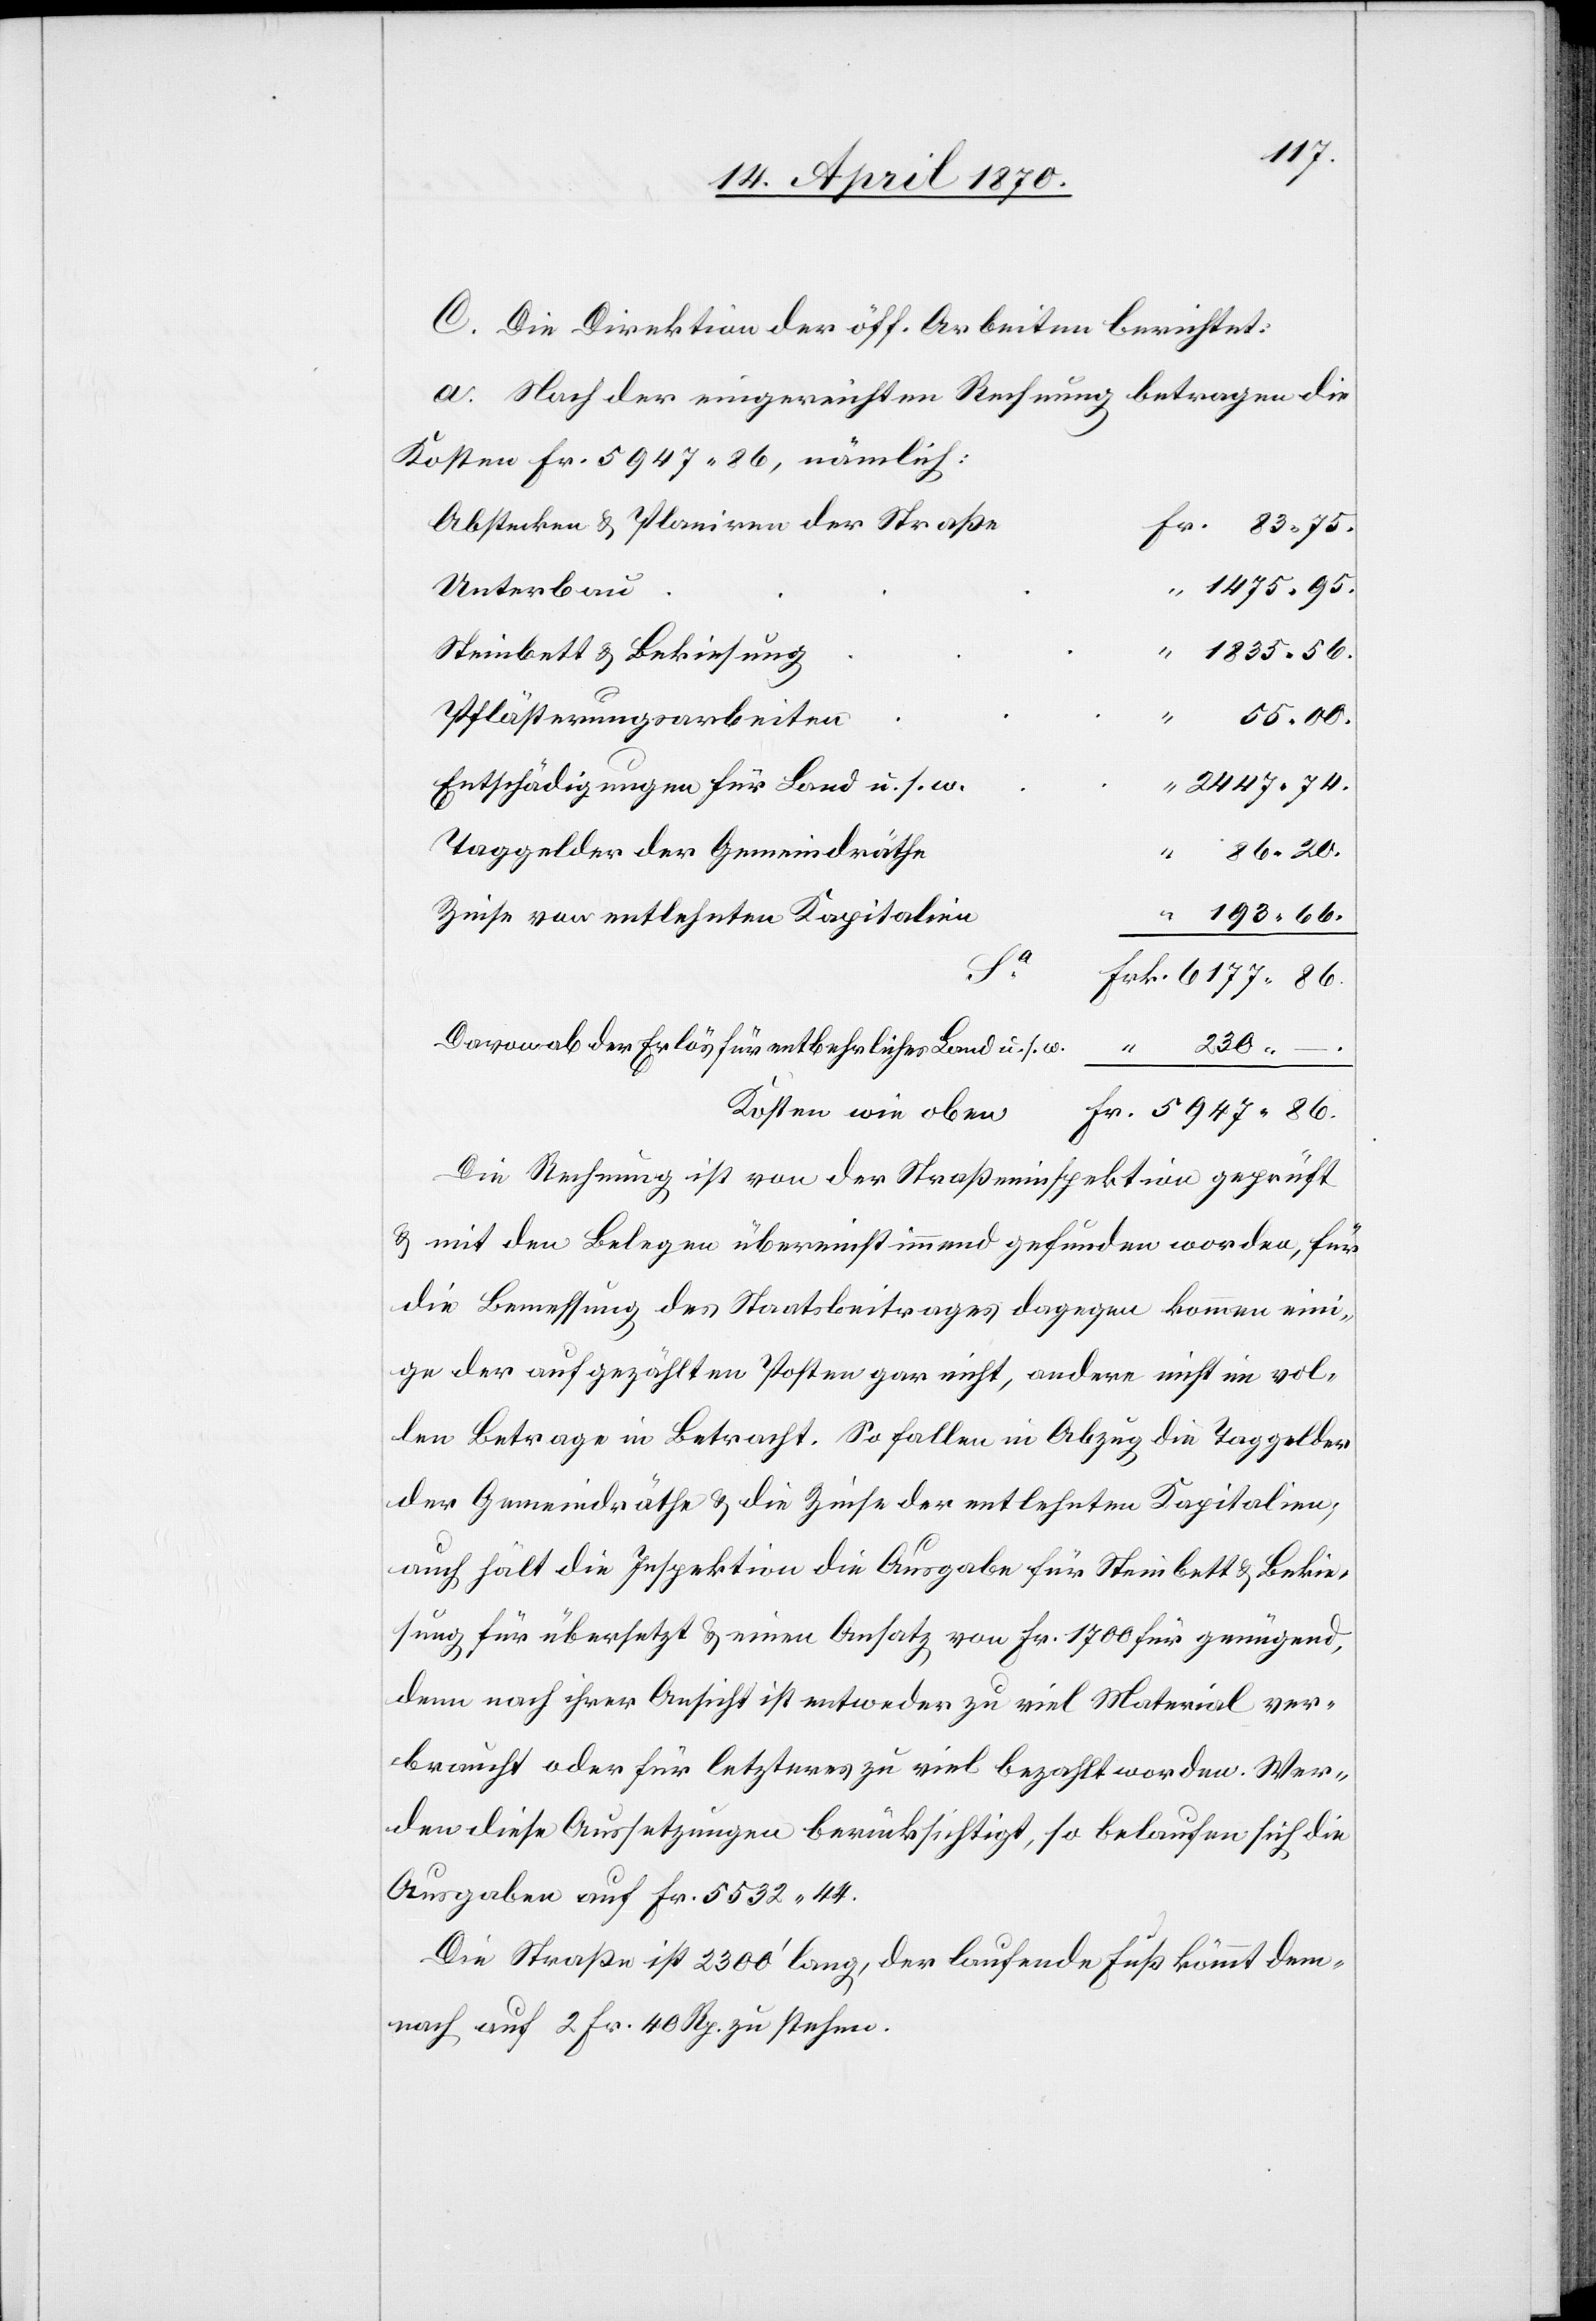
84.75.
C. Die Direktion der öff. Arbeiten berichtet:
a. Nach der eingereichten Rechnung betragen die
Kosten Fr. 5947.86, nämlich:
Abstecken & Planiren der Straße
1475.95.
Unterbau
“
1835.56.
Steinbrett & Bekiesung
Pflästerungsarbeiten
“
55.00.
2447.74.
Entschädigungen für Land u. s. w.
Taggelder der Gemeindräthe
86.20.
Zinse von entlehnten Kapitalien
193.66.
Frk.
Davon ab der Erlös für entbehrliches Land u. s. w.
230.
–.
“
Kosten wie oben
Die Rechnung ist von der Straßeninspektion geprüft
& mit den Belegen übereinstimmend gefunden worden, für
die Bemessung des Staatsbeitrages dagegen kommen eini¬
ge der aufgezählten Posten gar nicht, andere nicht im vol¬
len Betrage in Betracht. So fallen in Abzug die Taggelder
der Gemeindräthe & die Zinse der entlehnten Kapitalien;
auch hält die Inspektion die Ausgabe für Steinbett & Bekie¬
sung für übersetzt & einen Ansatz von Fr. 1700 für genügend,
denn nach ihrer Ansicht ist entweder zu viel Material ver¬
braucht oder für letzteres zu viel bezahlt worden. Wer¬
den diese Aussetzungen berücksichtigt, so belaufen sich die
Ausgaben auf Fr. 5532.44.
Die Straße ist 2300‘ lang, der laufende Fuß kömmt dem¬
nach auf 2 Fr. 40 Rp. zu stehen.